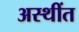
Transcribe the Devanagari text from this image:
अस्थींत